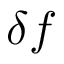
\delta f